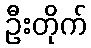
ဦးတိုက်